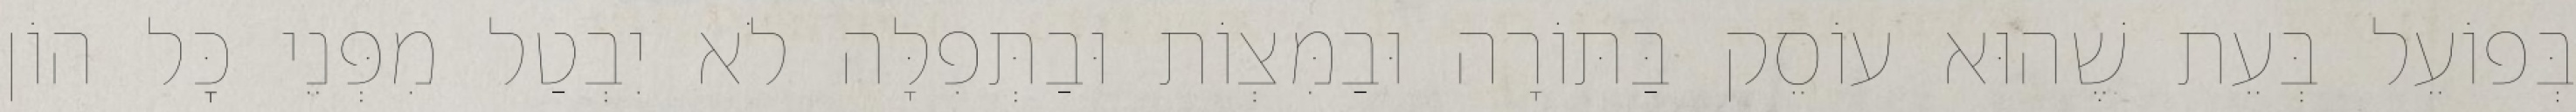
בְּפוֹעֵל בְּעֵת שֶׁהוּא עוֹסֵק בַּתּוֹרָה וּבַמִּצְוֹת וּבַתְּפִלָּה לֹא יִבְטַל מִפְּנֵי כׇּל הוֹן